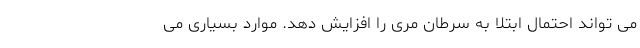
می تواند احتمال ابتلا به سرطان مری را افزایش دهد. موارد بسیاری می